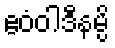
ဧဝံဝါဒီနမ္ပိ